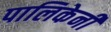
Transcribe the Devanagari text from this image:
पालिकेनी